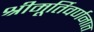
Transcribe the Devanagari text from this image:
श्रीमूर्तिवर्णनात